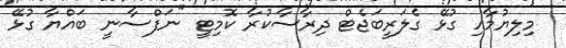
މިލިޔުމާއި ގުޅޭ ގެލަރީބަޖެޓް ދިރާސާކުރާ ކޮމިޓީ "ނަފްސާނީ ބައްޔާ ގުޅޭ